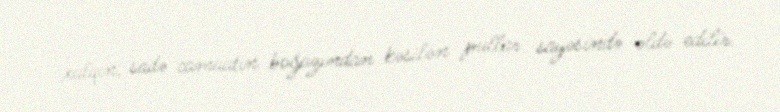
xalqın, sadə camaatın boğazından kəsilən pullar sayəsində əldə edilir.